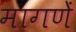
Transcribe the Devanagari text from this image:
मागणें